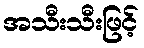
အသီးသီးဖြင့်